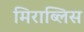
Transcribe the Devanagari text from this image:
मिराब्लिस